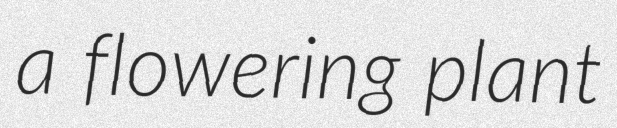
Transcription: a flowering plant